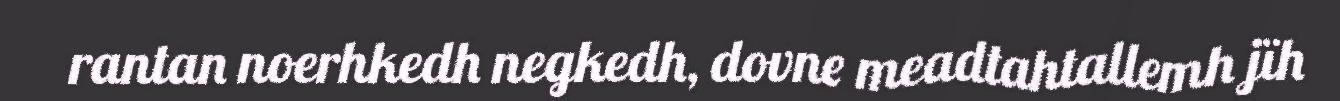
rantan noerhkedh negkedh, dovne meadtahtallemh jïh